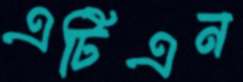
এটিএন